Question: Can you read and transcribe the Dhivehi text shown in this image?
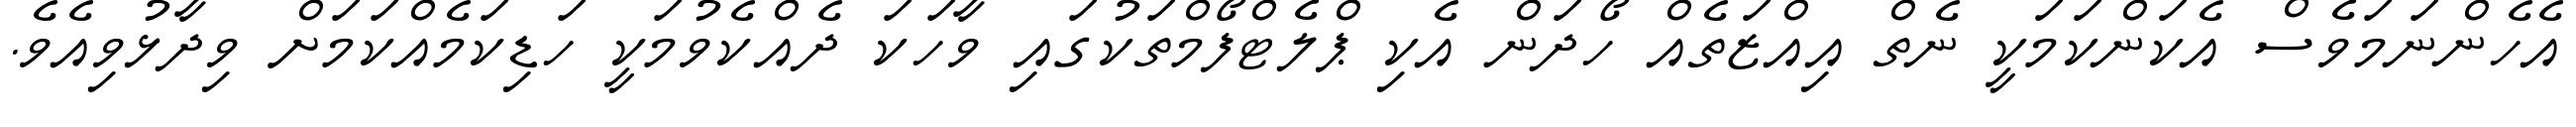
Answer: އެހެންނަމަވެސް އެކަންކަމަކީ ނެތް އިއްޒަތެއް ހޯދަން އެކި ޕްލެޓްފޯމްތަކުގައި ވާހަކަ ދެއްކެވުމަކީ ހަޑިކަމެއްކަމަށް ވިދާޅުވިއެވެ.